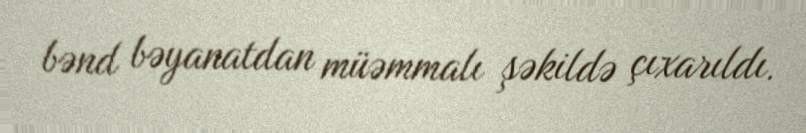
bənd bəyanatdan müəmmalı şəkildə çıxarıldı.